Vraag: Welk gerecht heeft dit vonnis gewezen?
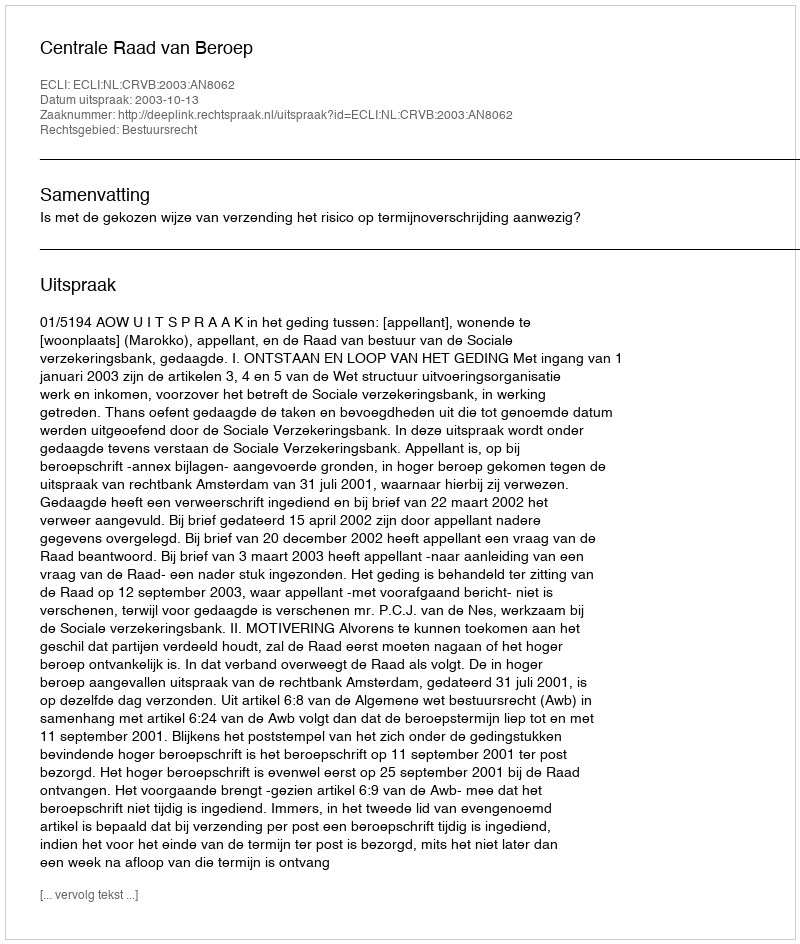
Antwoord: Centrale Raad van Beroep